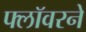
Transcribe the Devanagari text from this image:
फ्लॉवरने